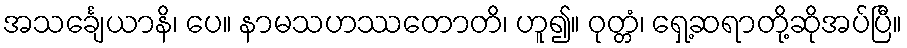
အသင်္ချေယာနိ၊ ပေ။ နာမသဟဿတောတိ၊ ဟူ၍။ ဝုတ္တံ၊ ရှေ့ဆရာတို့ဆိုအပ်ပြီ။